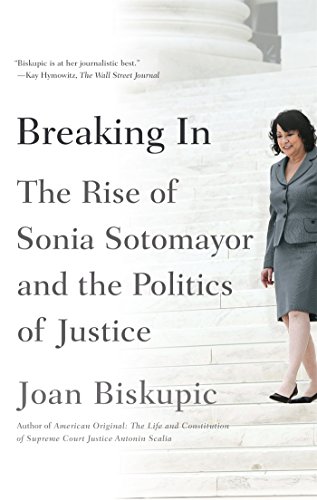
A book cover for Breaking In: The Rise of Sonia Sotomayor and the Politics of Justice; Joan Biskupic; Law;